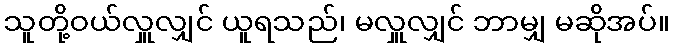
သူတို့ဝယ်လှူလျှင် ယူရသည်၊ မလှူလျှင် ဘာမျှ မဆိုအပ်။